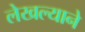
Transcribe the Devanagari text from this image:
लेखल्याने